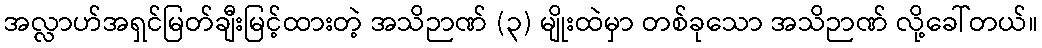
အလ္လာဟ်အရှင်မြတ်ချီးမြင့်ထားတဲ့ အသိဉာဏ် (၃) မျိုးထဲမှာ တစ်ခုသော အသိဉာဏ် လို့ခေါ်တယ်။